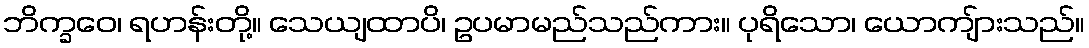
ဘိက္ခဝေ၊ ရဟန်းတို့။ သေယျထာပိ၊ ဥပမာမည်သည်ကား။ ပုရိသော၊ ယောကျ်ားသည်။